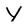
Character: Y